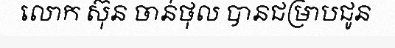
លោក ស៊ុន ចាន់ថុល បានជម្រាបជូន